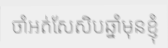
ចាំអត់សែសិបឆ្នាំមុនខ្ញុំ